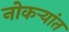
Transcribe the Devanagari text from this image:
नोकऱ्यांत